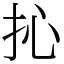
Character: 抋